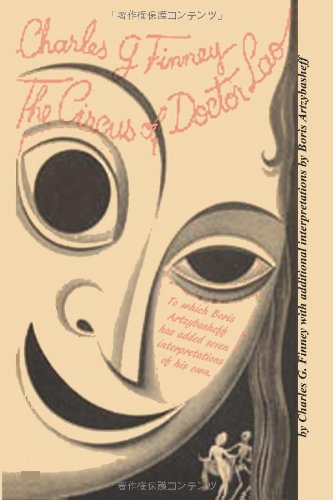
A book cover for The Circus of Dr. Lao; Charles G. Finney; Religion & Spirituality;